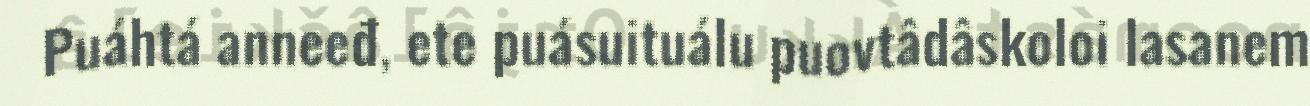
Puáhtá anneeđ, ete puásuituálu puovtâdâskoloi lasanem